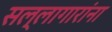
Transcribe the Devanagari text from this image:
सल्लागारांना